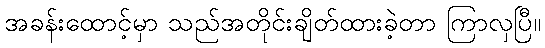
အခန်းထောင့်မှာ သည်အတိုင်းချိတ်ထားခဲ့တာ ကြာလှပြီ။